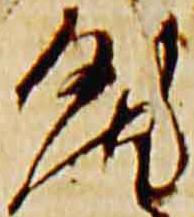
汰